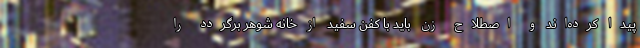
پیدا کرده‌اند و اصطلاح زن باید با کفن سفید از خانه شوهر برگردد را